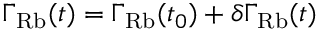
\Gamma _ { \mathrm { R b } } ( t ) = \Gamma _ { \mathrm { R b } } ( t _ { 0 } ) + \delta \Gamma _ { \mathrm { R b } } ( t )